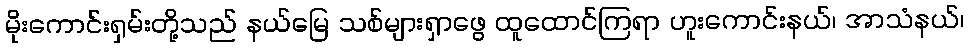
မိုးကောင်းရှမ်းတို့သည် နယ်မြေ သစ်များရှာဖွေ ထူထောင်ကြရာ ဟူးကောင်းနယ်၊ အာသံနယ်၊